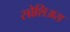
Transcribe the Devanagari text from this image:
सोशिअस